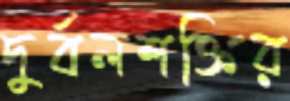
দুর্বলশক্তির